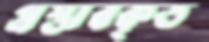
প্রস্তাবকৃত